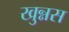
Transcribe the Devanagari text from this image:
खुन्नस